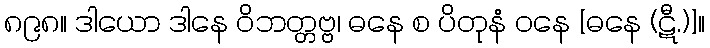
၈၉၈။ ဒါယော ဒါနေ ဝိဘတ္တဗ္ဗ၊ ဓနေ စ ပိတုနံ ဝနေ [ဓနေ (ဋီ.)]။